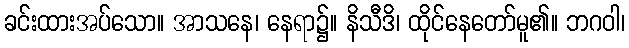
ခင်းထားအပ်သော။ အာသနေ၊ နေရာ၌။ နိသီဒိ၊ ထိုင်နေတော်မူ၏။ ဘဂဝါ၊